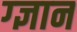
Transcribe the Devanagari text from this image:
ग्ज्ञान